Indian journal of veterinary science and animal husbandry - Volume 1,
Year: 1931
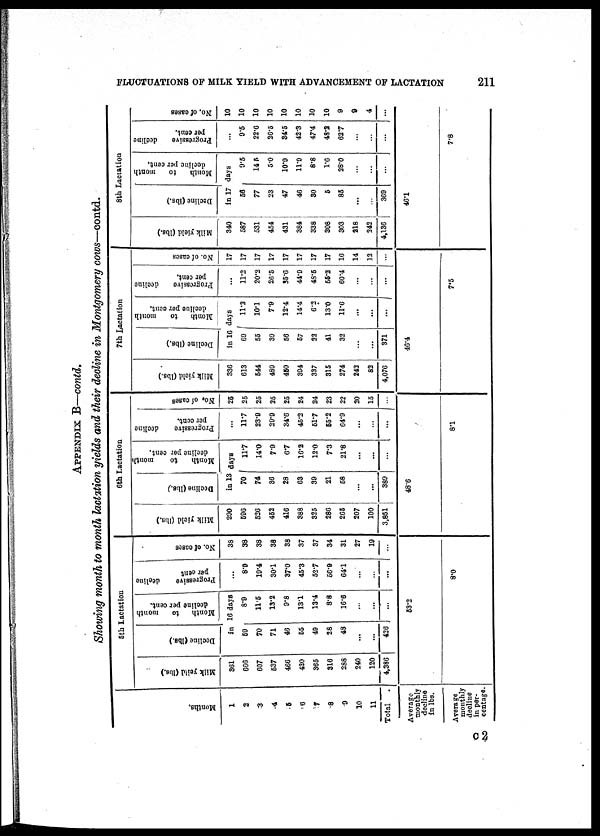
FLUCTUATIONS OF MILK YIELD WITH ADVANCEMENT OF LACTATION
211
APPENDIX B—contd.
Showing month to month lactation yields and their decline in Montgomery cows—contd.
Months.
1
2
3
4
5
6
7
8
9
10
11
Total
Average
monthly
decline
in lbs.
Average
monthly
decline
in per-
centage.
5th Lactation
Milk yeild (lbs.)
361
666
607
537
466
420
365
316
288
240
120
4,386
Decline (lbs.)
in
59
70
71
46
55
49
28
48
...
...
426
Month
to
month
decline per cent.
16 days
8.9
11.5
13.2
9.8
13.1
13.4
8.8
16.6
...
...
53.2
Progressive
decline
per cent
...
8.9
19.4
30.1
37.0
45.3
52.7
56.9
64.1
...
...
...
8.0
No. of cases
38
38
38
38
38
37
37
34
31
27
19
6th Lactation
Milk yield (lbs.)
290
596
526
452
416
388
325
286
265
207
100
3,851
Decline (lbs.)
in 13 days
70
74
36
28
63
39
21
58
...
...
389
48.6
Month to
month
decline per cent.
11.7
14.0
7.9
6.7
16.2
12.0
7.3
21.8
...
...
Progressive
decline
per cent.
...
11.7
23.9
29.9
34.6
45.2
51.7
55.2
64.9
8.1
No.
of cases
25
25
25
25
25
24
24
23
22
20
15
7th Lactation
Milk yield (lbs.)
336
613
544
489
450
394
337
315
274
243
82
4,076
Decline (lbs.)
Month
to
month
decline
per cent.
in 16 days
69
55
39
56
57
22
41
32
...
...
371
46.4
11.2
10.1
7.9
12.4
14.4
6.2
13.0
11.6
...
...
...
Progressive
decline
per cent.
...
11.2
20.2
26.5
35.6
44.9
48.5
55.2
60.4
...
...
7.5
No. of cases
17
17
17
17
17
17
17
17
16
14
12
...
8th Lactation
Milk yield (lbs.)
340
587
531
454
431
384
338
308
303
218
242
4,136
Decl i
ne (lbs.)
Month to month
decl i
ne per cent.
in 17 days
56
77
23
47
46
30
5
85
...
369
9.5
14.5
5.0
10.9
11.9
8.8
1.6
28.0
46.1
Progressive
decline
per cent.
...
9.5
22.6
26.5
34.5
42.3
47.4
48.2
62.7
7.8
No.
of cases
10
10
10
10
10
10
10
10
9
9
4
C 2